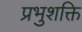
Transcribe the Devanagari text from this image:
प्रभुशक्ति